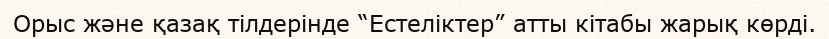
Орыс және қазақ тілдерінде “Естеліктер” атты кітабы жарық көрді.